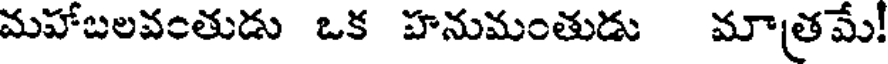
మహాబలవంతుడు ఒక హనుమంతుడు మాత్రమే!